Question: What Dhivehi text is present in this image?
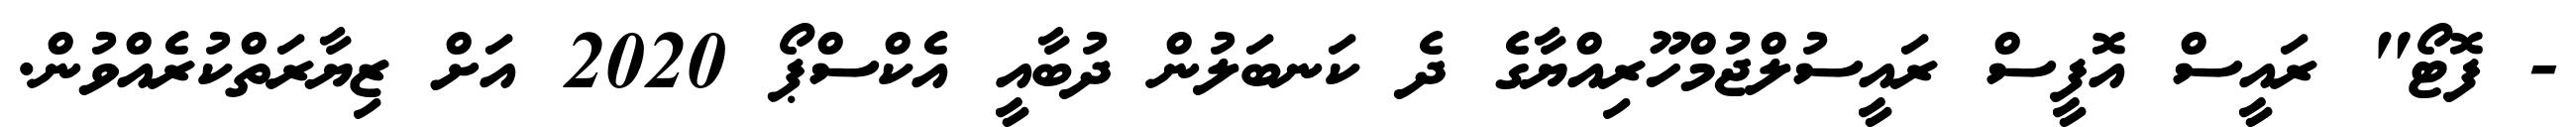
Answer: - ފޮޓޯ" ރައީސް އޮފީސް ރައީސުލްޖުމްހޫރިއްޔާގެ ދެ ކަނބަލުން ދުބާއީ އެކްސްޕޯ 2020 އަށް ޒިޔާރަތްކުރެއްވުން.